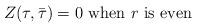
LaTeX: \begin{align*}Z(\tau,\bar\tau)=0~{\rm when}~r~{\rm is ~ even}\end{align*}